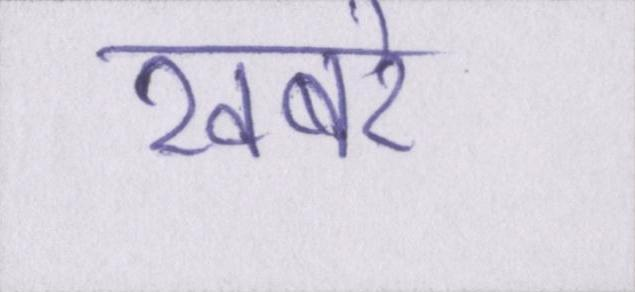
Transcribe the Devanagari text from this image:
खबरे